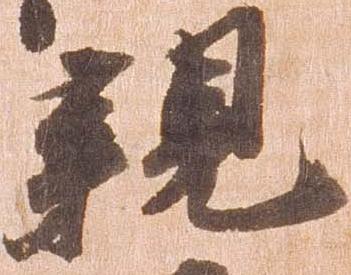
親